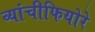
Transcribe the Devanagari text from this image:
व्यांचीफियोरे